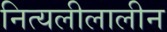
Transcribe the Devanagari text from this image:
नित्यलीलालीन